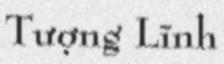
Tượng Lĩnh